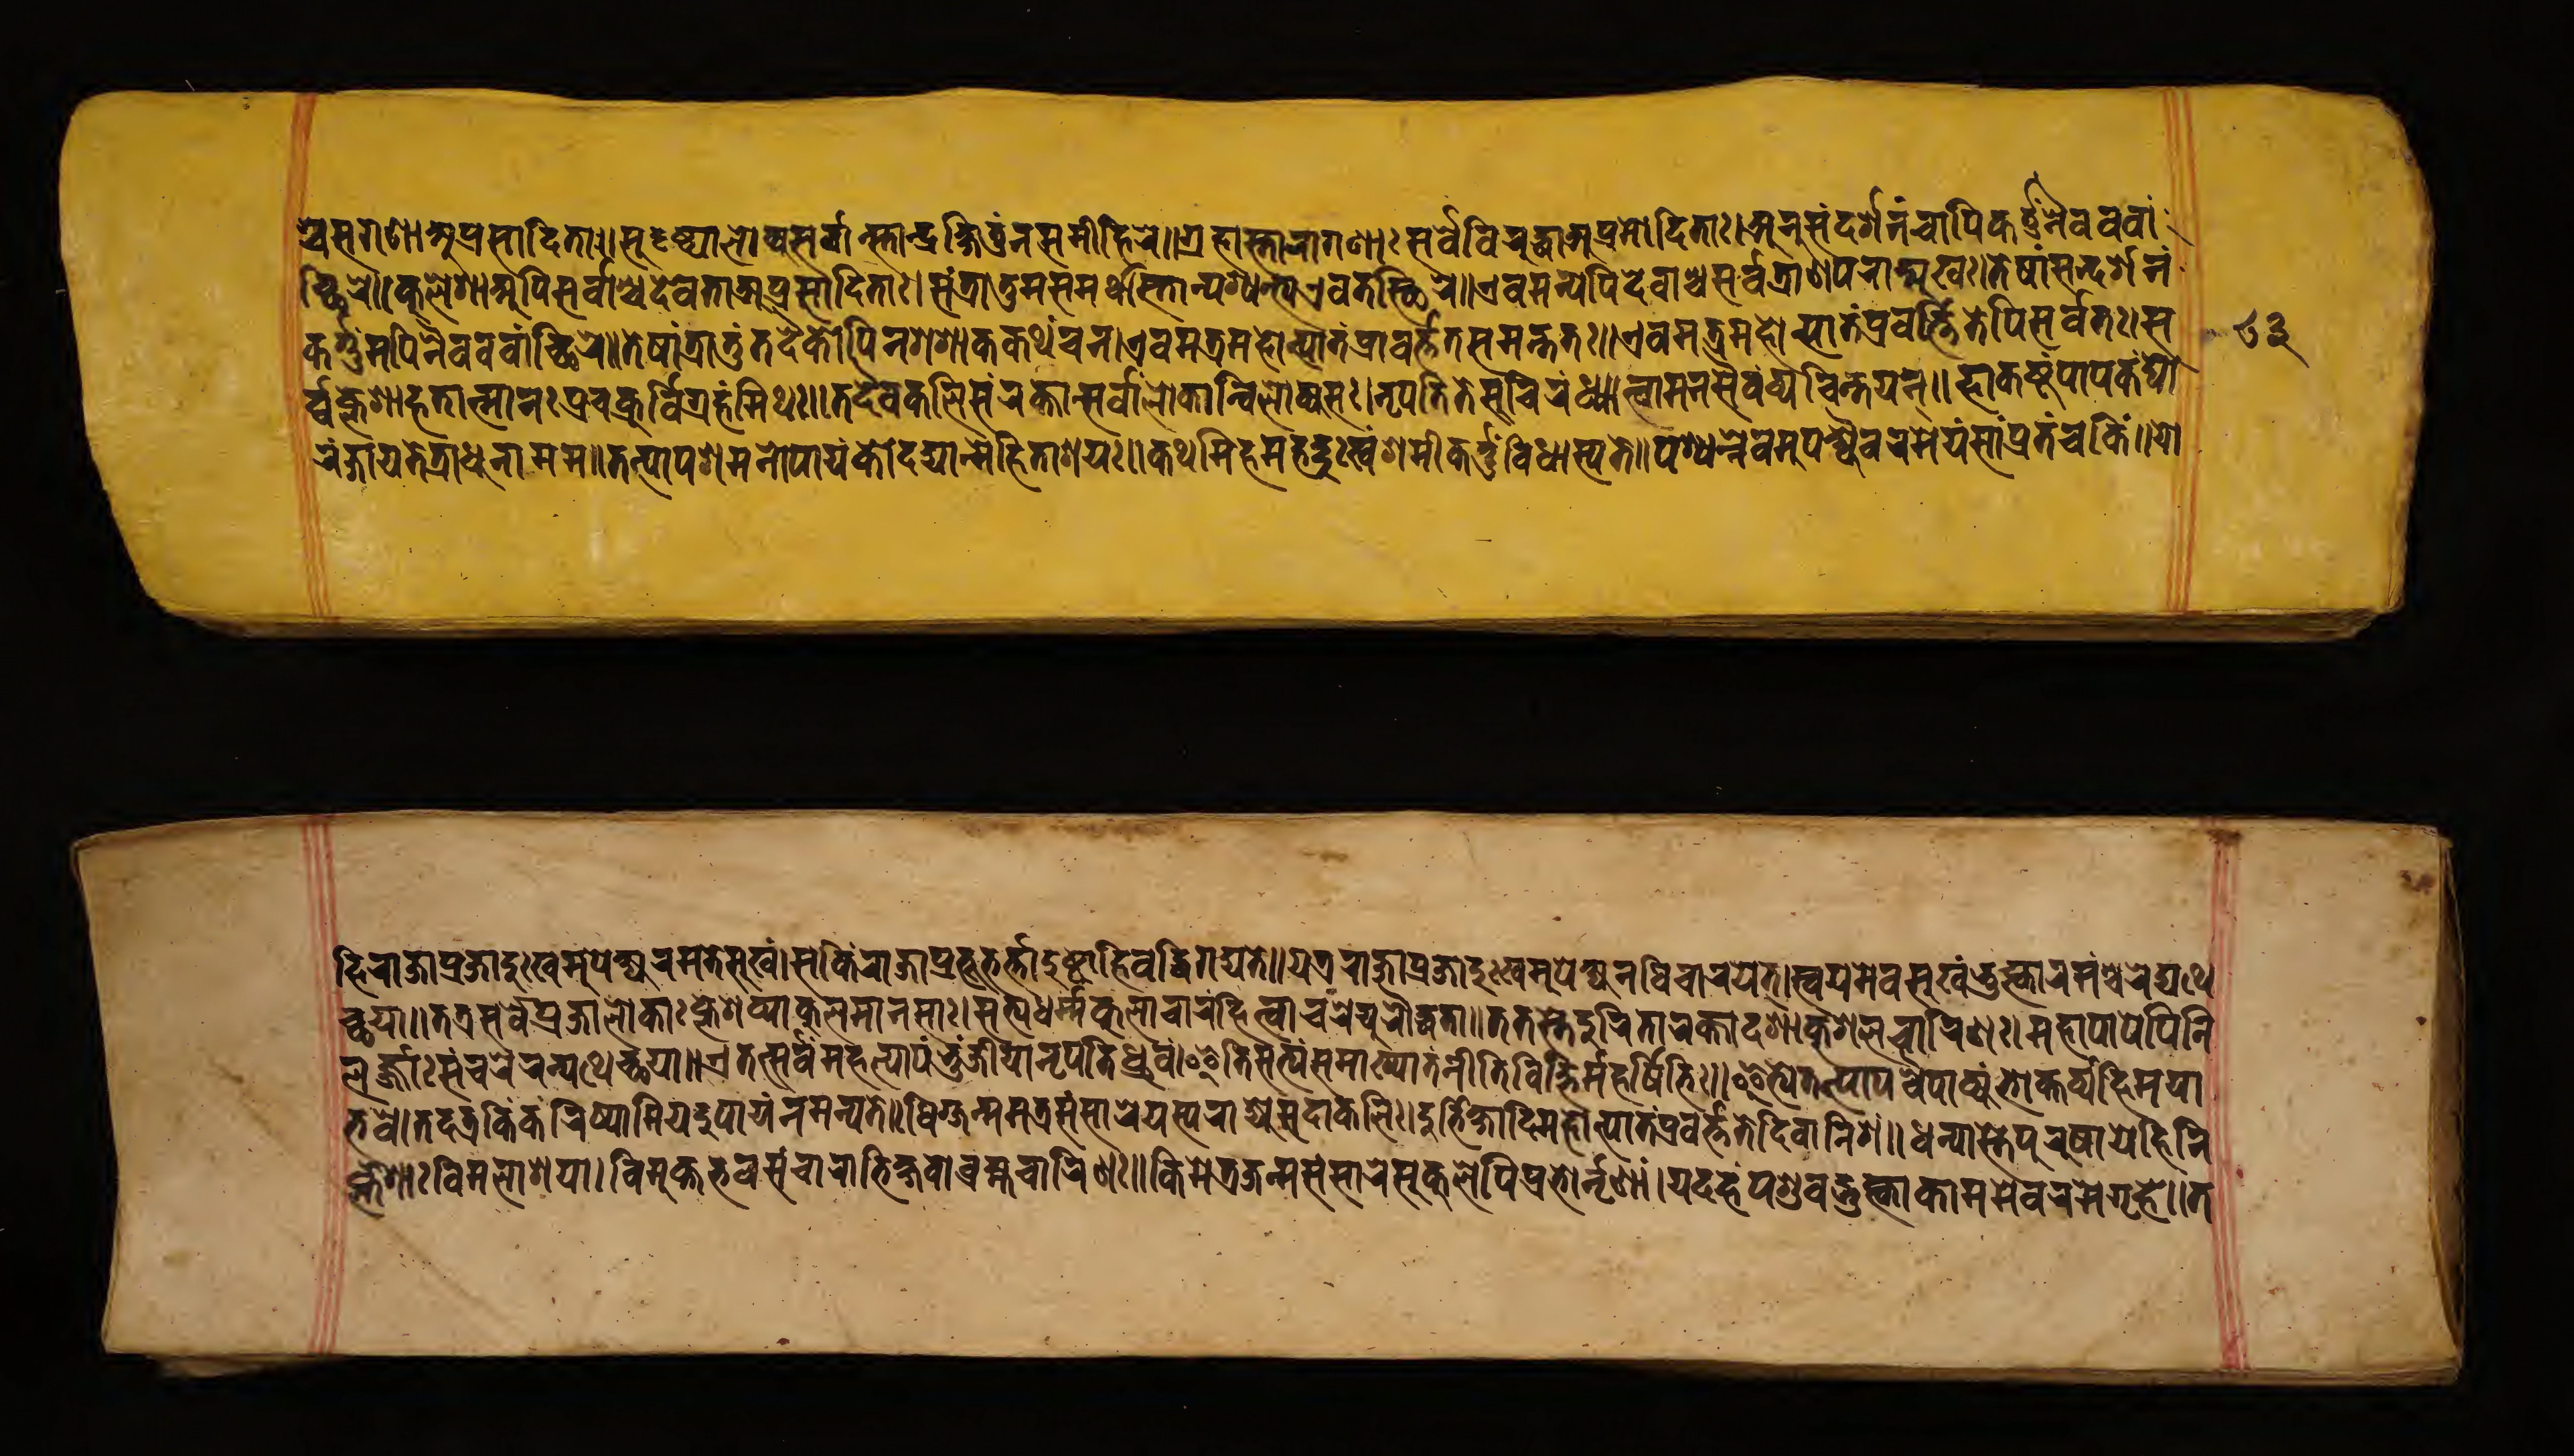
𑐱𑑂𑐔𑐳𑐐𑐞𑐵𑐀𑐥𑑂𑐬𑐳𑐵𑐡𑐶𑐟𑐵𑑅𑑋𑐳𑐸𑐡𑐺𑐲𑑂𑐚𑑂𑐫𑐵𑐮𑑀𑐎𑑂𑐫𑐳𑐬𑑂𑐰𑐵𑐣𑑂𑐳𑑂𑐟𑐵𑐣𑑂𑐡𑑂𑐬𑐎𑑂𑐲𑐶𑐟𑐸𑑄𑐣𑐳𑐩𑐷𑐴𑐶𑐬𑐾𑑌𑐐𑑂𑐬𑐴𑐵𑐳𑑂𑐟𑐵𑐬𑐵𑐐𑐞𑐵𑑅𑐳𑐬𑑂𑐰𑐾𑐰𑐶𑐬𑐸𑐡𑑂𑐢𑐵𑐀𑐥𑑂𑐬𑐩𑑀𑐡𑐶𑐟𑐵𑑅𑑋𑐀𑐣𑐸𑐳𑑄𑐡𑐬𑑂𑐱𑐣𑑄𑐔𑐵𑐥𑐶𑐎𑐬𑑂𑐟𑑂𑐟𑐸𑑄𑐣𑐿𑐰𑐰𑐰𑐵𑑄 𑐔𑑂𑐕𑐶𑐬𑐾𑑌𑐎𑐸𑐮𑐾𑐱𑐵𑐀𑐥𑐶𑐳𑐬𑑂𑐰𑐵𑐱𑑂𑐔𑐡𑐾𑐰𑐟𑐵𑐀𑐥𑑂𑐬𑐳𑐵𑐡𑐶𑐟𑐵𑑅𑑋𑐳𑑄𑐟𑑂𑐬𑐵𑐟𑐸𑐩𑐳𑐩𑐬𑑂𑐠𑐵𑐳𑑂𑐟𑐵𑐣𑑂𑐥𑐱𑑂𑐫𑐣𑑂𑐟𑑂𑐫𑐊𑐰𑐟𑐳𑑂𑐠𑐶𑐬𑐾𑑌𑐊𑐰𑐩𑐣𑑂𑐫𑐾𑐥𑐶𑐡𑐾𑐰𑐵𑐱𑑂𑐔𑐳𑐬𑑂𑐰𑐟𑑂𑐬𑐵𑐞𑐥𑐬𑐵𑐒𑑂𑐩𑐸𑐏𑑅𑑋𑐟𑐾𑐱𑐵𑑄𑐳𑐣𑑂𑐡𑐬𑑂𑐱𑐣𑑄 𑐎𑐬𑑂𑐟𑑂𑐟𑐸𑐩𑐥𑐶𑐣𑐿𑐰𑐰𑐰𑐵𑑄𑐔𑑂𑐕𑐶𑐬𑐾𑑌𑐟𑐾𑐲𑐵𑑄𑐟𑑂𑐬𑐵𑐟𑐸𑑄𑐟𑐡𑐿𑐎𑑀𑐥𑐶𑐣𑐐𑐾𑐱𑐵𑐎𑐎𑐠𑑄𑐔𑐣𑑋𑐊𑐰𑐩𑐟𑑂𑐬𑐩𑐴𑑀𑐟𑑂𑐥𑐵𑐟𑑄𑐥𑑂𑐬𑐵𑐰𑐬𑑂𑐟𑑂𑐟𑐟𑐳𑐩𑐣𑑂𑐟𑐟𑑅𑑌𑐊𑐰𑐩𑐟𑑂𑐬𑐩𑐴𑑀𑐟𑑂𑐥𑐵𑐟𑑄𑐥𑑂𑐬𑐰𑐬𑑂𑐟𑑂𑐟𑐶𑐟𑐾𑐥𑐶𑐳𑐬𑑂𑐰𑐟𑑅𑑋𑐳 𑐬𑑂𑐰𑑂𑐰𑐎𑑂𑐮𑐾𑐱𑐵𑐴𑐟𑐵𑐟𑑂𑐩𑐵𑐣𑑅𑐥𑑂𑐬𑐔𑐎𑑂𑐬𑐸𑐬𑑂𑐰𑐶𑐐𑑂𑐬𑐴𑑄𑐩𑐶𑐠𑑅𑑌𑐟𑐡𑐾𑐰𑐎𑐮𑐶𑐳𑑄𑐬𑐎𑑂𑐟𑐵𑐣𑑂𑐳𑐬𑑂𑐰𑐵𑑄𑐮𑑀𑐎𑐵𑐣𑑂𑐰𑐶𑐮𑑀𑐲𑑂𑐫𑐳𑑅𑑋𑐣𑐺𑐥𑐟𑐶𑐟𑐾𑐳𑐸𑐔𑐶𑐬𑑄𑐢𑑂𑐫𑐵𑐟𑑂𑐰𑐵𑐩𑐣𑐳𑐿𑐰𑑄𑐰𑑂𑐫𑐔𑐶𑐣𑑂𑐟𑐫𑐣𑑂𑑌𑐴𑐵𑐎𑐲𑑂𑐚𑑄𑐥𑐵𑐥𑐎𑑄𑐑𑑀 𑐬𑑄𑐖𑐵𑐫𑐟𑐾𑐟𑑂𑐬𑐵𑐢𑐸𑐣𑐵𑐩𑐩𑑌𑐟𑐟𑑂𑐥𑐵𑐥𑐱𑐩𑐣𑑀𑐥𑐵𑐫𑑄𑐎𑑀𑐡𑐡𑑂𑐫𑐵𑐣𑑂𑐩𑐾𑐴𑐶𑐟𑐵𑐱𑐫𑑅𑑌𑐎𑐠𑐩𑐶𑐴𑐩𑐴𑐡𑑂𑐡𑐸𑑅𑐏𑑄𑐱𑐩𑐷𑐎𑐬𑑂𑐟𑑂𑐟𑐸𑑄𑐰𑐶𑐢𑐵𑐳𑑂𑐫𑐟𑐾𑑌𑐥𑐱𑑂𑐫𑐣𑑂𑐣𑐾𑐰𑐩𑐸𑐥𑐎𑑂𑐲𑑂𑐫𑐿𑐰𑐬𑐩𑐾𑐫𑑄𑐳𑐵𑑄𑐥𑑂𑐬𑐟𑑄𑐔𑐎𑐶𑑄𑑌𑐫𑑀 𑐴𑐶𑐬𑐵𑐖𑐵𑐥𑑂𑐬𑐖𑐵𑐡𑐸𑑅𑐏𑐩𑐸𑐥𑑂𑐎𑐾𑐲𑑂𑐫𑐬𑐩𑐟𑐾𑐳𑐸𑐏𑑄𑑋𑐳𑐎𑐶𑑄𑐬𑐵𑐖𑐵𑐥𑑂𑐬𑐨𑐹𑐨𑐬𑑂𑐟𑑂𑐟𑐵𑐡𑐸𑐲𑑂𑐚𑐵𑐴𑐶𑐰𑐡𑑂𑐰𑐶𑐐𑐖𑑂𑐫𑐟𑐾𑑌𑐫𑐟𑑂𑐬𑐬𑐵𑐖𑐵𑐥𑑂𑐬𑐖𑐵𑐡𑐸𑑅𑐏𑐩𑐸𑐥𑐾𑐎𑑂𑐲𑑂𑐫𑐣𑐰𑐶𑐔𑐵𑐬𑐫𑐾𑐟𑑂𑑋𑐳𑑂𑐰𑐫𑐩𑐾𑐰𑐳𑐸𑐏𑑄𑐨𑐸𑐎𑑂𑐟𑑂𑐰𑐵𑐬𑐩𑑄𑐱𑑂𑐔𑐬𑐾𑐡𑑂𑐫𑐠𑐾 𑐔𑑂𑐕𑐫𑐵𑑌𑐟𑐟𑑂𑐬𑐳𑐬𑑂𑐰𑐾𑐥𑑂𑐬𑐖𑐵𑐮𑑀𑐎𑐵𑑅𑐎𑑂𑐮𑐾𑐱𑐰𑑂𑐫𑐵𑐎𑐸𑐮𑐩𑐵𑐣𑐳𑐵𑑅𑑋𑐳𑐟𑑂𑐫𑐢𑐬𑑂𑐩𑑂𑐩𑐎𑐸𑐮𑐵𑐔𑐵𑐬𑑄𑐴𑐶𑐟𑑂𑐰𑐵𑐔𑐬𑐾𑐫𑐸𑐬𑑁𑐡𑑂𑐢𑐟𑐵𑑌𑐟𑐟𑐳𑑂𑐟𑐾𑐡𑐸𑐬𑐶𑐟𑐵𑐬𑐎𑑂𑐟𑐵𑐡𑐱𑐵𑐎𑐸𑐱𑐮𑐔𑐵𑐬𑐶𑐞𑑅𑑋𑐩𑐴𑐵𑐥𑐵𑐥𑐾𑐥𑐶𑐣𑐶 𑐮𑐬𑑂𑐖𑑂𑐖𑐵𑑅𑐳𑑄𑐔𑐬𑐾𑐬𑐣𑑂𑐫𑐠𑐾𑐔𑑂𑐕𑐫𑐵𑑌𑐊𑐟𑐟𑑂𑐳𑐬𑑂𑐰𑐩𑐴𑐟𑑂𑐥𑐵𑐟𑑄𑐬𑑂𑐨𑐸𑐖𑐷𑐫𑐵𑐣𑑂𑐣𑐺𑐥𑐟𑐶𑐬𑑂𑐢𑑂𑐬𑐸𑐰𑑄𑑋𑐂𑐟𑐶𑐳𑐟𑑂𑐫𑑄𑐳𑐩𑐵𑐏𑑂𑐫𑐵𑐟𑑄𑐣𑐷𑐟𑐶𑐰𑐶𑐖𑑂𑐘𑐿𑐬𑑂𑐩𑐴𑐬𑑂𑐲𑐶𑐨𑐶𑑅𑑌𑐂𑐟𑑂𑐫𑐾𑐟𑐟𑑂𑐥𑐵𑐥𑐰𑐿𑐥𑐵𑐎𑑂𑐫𑑄𑐨𑑀𑐎𑑂𑐟𑐰𑑂𑐫𑑄𑐴𑐶𑐩𑐫𑐵 𑐨𑐰𑑋𑐟𑐡𑐟𑑂𑐬𑐎𑐶𑑄𑐎𑐬𑐶𑐲𑑂𑐫𑐵𑐩𑐶𑐫𑐡𑐸𑐥𑐵𑐫𑑄𑐣𑐩𑐣𑑂𑐫𑐟𑐾𑑌𑐢𑐶𑐐𑑂𑐖𑐣𑑂𑐩𑐩𑐾𑐟𑑂𑐬𑐳𑑄𑐳𑐵𑐬𑐾𑐫𑐳𑑂𑐫𑐬𑐵𑐖𑑂𑐫𑐾𑐳𑐡𑐵𑐎𑐮𑐶𑑅𑑋𑐡𑐸𑐬𑑂𑐨𑐶𑐎𑑂𑐲𑐵𑐡𑐶𑐩𑐴𑐵𑐟𑑂𑐥𑐵𑐟𑑄𑐥𑑂𑐬𑐰𑐬𑑂𑐟𑑂𑐟𑐟𑐾𑐡𑐶𑐰𑐵𑐣𑐶𑐱𑑄𑑌𑐢𑐣𑑂𑐫𑐵𑐳𑑂𑐟𑐾𑐥𑐸𑐬𑐸𑐲𑐵𑐫𑐾𑐴𑐶𑐣𑐶 𑐎𑑂𑐮𑐾𑐱𑐵𑐰𑐶𑐩𑐮𑐵𑐱𑐫𑐵𑑋𑐰𑐶𑐩𑐸𑐎𑑂𑐟𑐨𑐰𑐳𑑄𑐔𑐵𑐬𑐵𑐨𑐶𑐎𑑂𑐲𑐰𑑀𑐧𑑂𑐬𑐴𑑂𑐩𑐔𑐵𑐬𑐶𑐞𑑅𑑌𑐎𑐶𑑄𑐩𑐾𑐟𑑂𑐬𑐖𑐣𑑂𑐩𑐳𑑄𑐳𑐵𑐬𑐾𑐳𑐸𑐎𑐸𑐮𑐩𑐥𑐶𑐥𑑂𑐬𑐨𑑀𑐬𑑂𑐣𑐺𑐞𑐵𑑄𑑋𑐫𑐡𑐴𑑄𑐥𑐱𑐸𑐰𑐡𑑂𑐨𑐸𑐎𑑂𑐟𑑂𑐰𑐵𑐎𑐵𑐩𑐩𑐾𑐰𑐬𑐩𑐾𑐐𑐺𑐴𑐾𑑌𑐟 𑑘𑑓